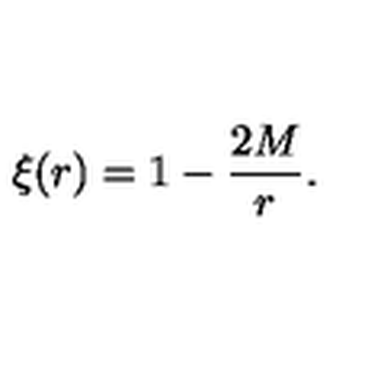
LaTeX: \xi ( r ) = 1 - \frac { 2 M } { r } .